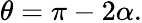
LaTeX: \theta=\pi-2\alpha.